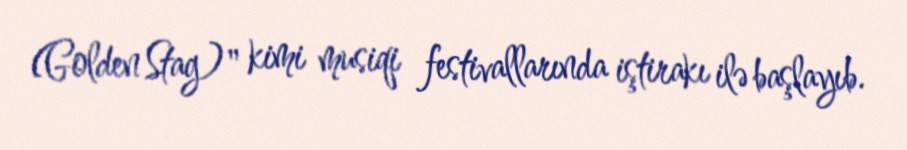
(Golden Stag)" kimi musiqi festivallarında iştirakı ilə başlayıb.